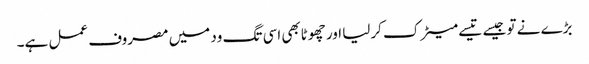
بڑے نے تو جیسے تیسے میٹرک کرلیا اور چھوٹابھی اسی تگ ود میں مصروف عمل ہے۔